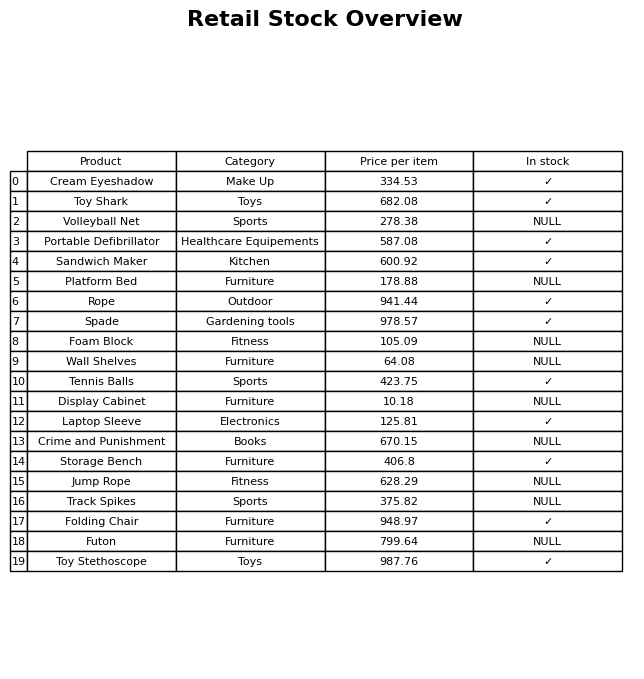
question: What is the stock status of the Crime and Punishment?
answer: NULL